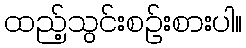
ထည့်သွင်းစဉ်းစားပါ။